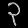
Digit: ၃